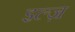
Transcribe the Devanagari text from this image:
इल्ज़